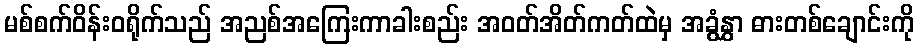
မစ်စက်ဝိန်းဝရိုက်သည် အညစ်အကြေးကာခါးစည်း အဝတ်အိတ်ကတ်ထဲမှ အခွံနွှာ ဓားတစ်ချောင်းကို